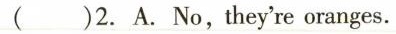
( ) 2.A.No,they're oranges.